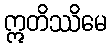
ဣတိဿိမေ